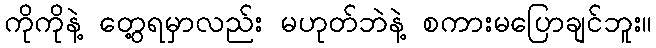
ကိုကိုနဲ့ တွေ့ရမှာလည်း မဟုတ်ဘဲနဲ့ စကားမပြောချင်ဘူး။